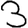
Digit: 3